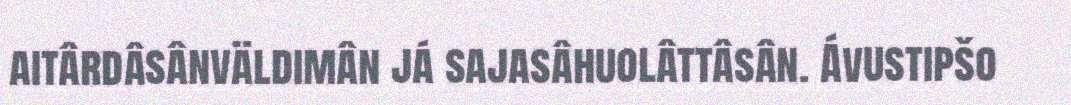
aitârdâsânväldimân já sajasâhuolâttâsân. Ávustipšo